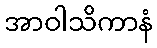
အာဝါသိကာနံ